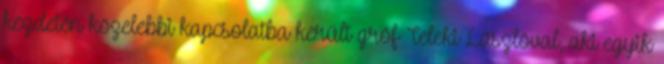
kezdetén közelebbi kapcsolatba került gróf Teleki Lászlóval, aki egyik